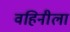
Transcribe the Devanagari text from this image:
वहिनीला